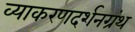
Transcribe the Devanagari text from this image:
व्याकरणदर्शनग्रंथ